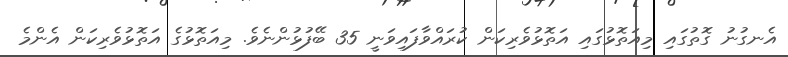
އެނގުނު ގޮތުގައި މިއަތޮޅުގައި އަތޮޅުވެރިކަން ކުރައްވާފައިވަނީ 35 ބޭފުޅުންނެވެ. މިއަތޮޅުގެ އަތޮޅުވެރިކަން އެންމެ